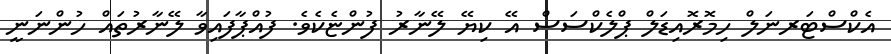
އެކްސްޓަރނަލް ހިމޮރޮއިޑަލް ޕްލެކްސަސް އޭ ކިޔޭ ލޭނާރު ފުންޏެކެވެ. ފުއްޕާފައިވާ ލޭނާރުތައް ހުންނަނީ